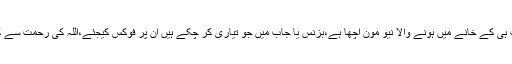
23فروری کو آپ ہی کے خانے میں ہونے والا نیو مون اچھا ہے،بزنس یا جاب میں جو تیاری کر چکے ہیں ان پر فوکس کیجئے،اللہ کی رحمت سے کام ہو سکتے ہیں۔